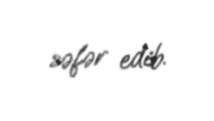
səfər edib.